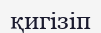
қигізіп